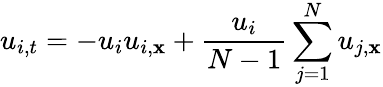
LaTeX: u_{i,t}=-u_{i}u_{i,\mathbf{x}}+{\frac{{u_{i}}}{{N-1}}}\sum_{j=1}^{N}u_{j,\mathbf{x}}